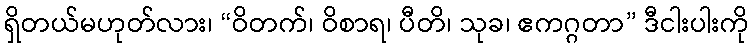
ရှိတယ်မဟုတ်လား၊ “ဝိတက်၊ ဝိစာရ၊ ပီတိ၊ သုခ၊ ဧကဂ္ဂတာ” ဒီငါးပါးကို